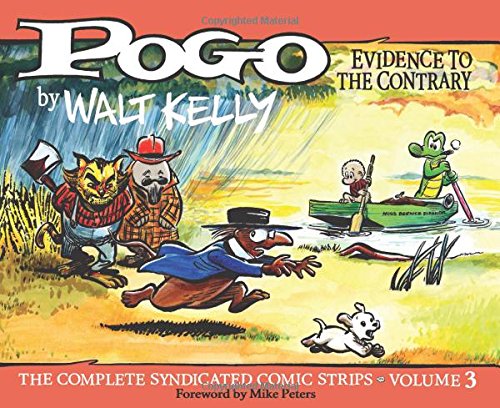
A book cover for Pogo Vol. 3: Evidence To The Contrary (Vol. 3)  (Walt Kelly's Pogo); Walt Kelly; Comics & Graphic Novels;